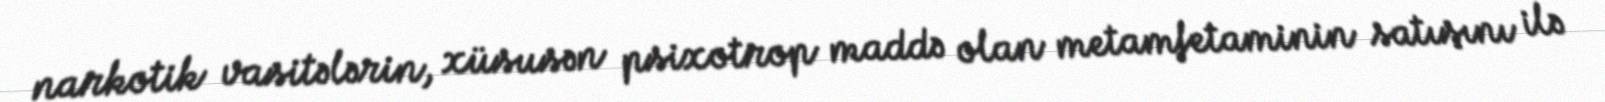
narkotik vasitələrin, xüsusən psixotrop maddə olan metamfetaminin satışını ilə